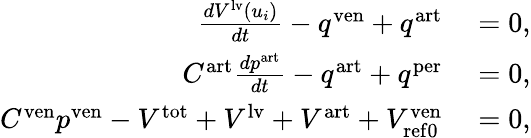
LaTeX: \begin{array}{rl}{\frac{dV^{\mathrm{lv}}\left(u_{i}\right)}{dt}-q^{\mathrm{ven}}+q^{\mathrm{art}}}&{{}=0,}\\ {C^{\mathrm{art}}\frac{dp^{\mathrm{art}}}{dt}-q^{\mathrm{art}}+q^{\mathrm{per}}}&{{}=0,}\\ {C^{\mathrm{ven}}p^{\mathrm{ven}}-V^{\mathrm{tot}}+V^{\mathrm{lv}}+V^{\mathrm{art}}+V_{\mathrm{{ref0}}}^{\mathrm{ven}}}&{{}=0,}\end{array}